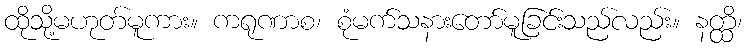
ထိုသို့မဟုတ်မူကား။ ကရုဏာစ၊ စုံမက်သနားတော်မူခြင်းသည်လည်း။ နတ္ထိ၊